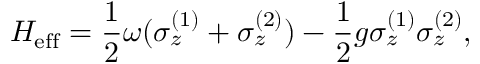
H _ { \mathrm { e f f } } = \frac { 1 } { 2 } \omega ( \sigma _ { z } ^ { ( 1 ) } + \sigma _ { z } ^ { ( 2 ) } ) - \frac { 1 } { 2 } g \sigma _ { z } ^ { ( 1 ) } \sigma _ { z } ^ { ( 2 ) } ,